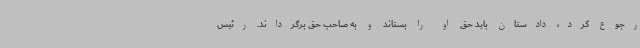
رجوع کرد، دادستان باید حق او را بستاند و به صاحب حق برگرداند. رئیس